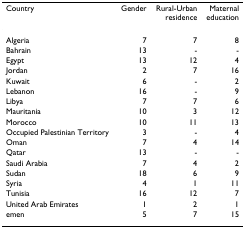
<table><thead><tr><td><b>Country</b></td><td><b>Gender</b></td><td><b>Rural-Urbanresidence</b></td><td><b>Maternaleducation</b></td></tr></thead><tbody><tr><td>Algeria</td><td>7</td><td>7</td><td>8</td></tr><tr><td>Bahrain</td><td>13</td><td>-</td><td>-</td></tr><tr><td>Egypt</td><td>13</td><td>12</td><td>4</td></tr><tr><td>Jordan</td><td>2</td><td>7</td><td>16</td></tr><tr><td>Kuwait</td><td>6</td><td>-</td><td>2</td></tr><tr><td>Lebanon</td><td>16</td><td>-</td><td>9</td></tr><tr><td>Libya</td><td>7</td><td>7</td><td>6</td></tr><tr><td>Mauritania</td><td>10</td><td>3</td><td>12</td></tr><tr><td>Morocco</td><td>10</td><td>11</td><td>13</td></tr><tr><td>Occupied Palestinian Territory</td><td>3</td><td>-</td><td>4</td></tr><tr><td>Oman</td><td>7</td><td>4</td><td>14</td></tr><tr><td>Qatar</td><td>13</td><td>-</td><td>-</td></tr><tr><td>Saudi Arabia</td><td>7</td><td>4</td><td>2</td></tr><tr><td>Sudan</td><td>18</td><td>6</td><td>9</td></tr><tr><td>Syria</td><td>4</td><td>1</td><td>11</td></tr><tr><td>Tunisia</td><td>16</td><td>12</td><td>7</td></tr><tr><td>United Arab Emirates</td><td>1</td><td>2</td><td>1</td></tr><tr><td>emen</td><td>5</td><td>7</td><td>15</td></tr></tbody></table>